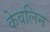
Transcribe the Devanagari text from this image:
केवलिन